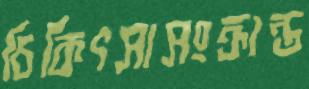
চিকিৎসাসংক্রান্ত